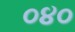
૦૪૦